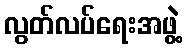
လွတ်လပ်ရေးအဖွဲ့